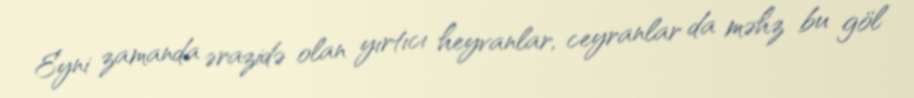
Eyni zamanda ərazidə olan yırtıcı heyvanlar, ceyranlar da məhz bu göl